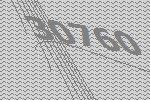
30760